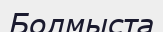
Болмыста